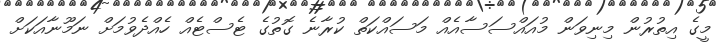
މީގެ އިތުރުން މިނިވަން މުއައްސަސާއެއް މަސައްކަތް ކުރާނެ ގޮތުގެ ޓެސްޓެއް ހެއްދެވުމަށް ނަމޫނާއަކަށް